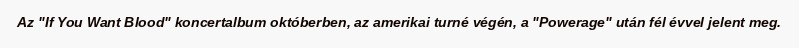
Az "If You Want Blood" koncertalbum októberben, az amerikai turné végén, a "Powerage" után fél évvel jelent meg.